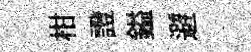
柑證鎰避